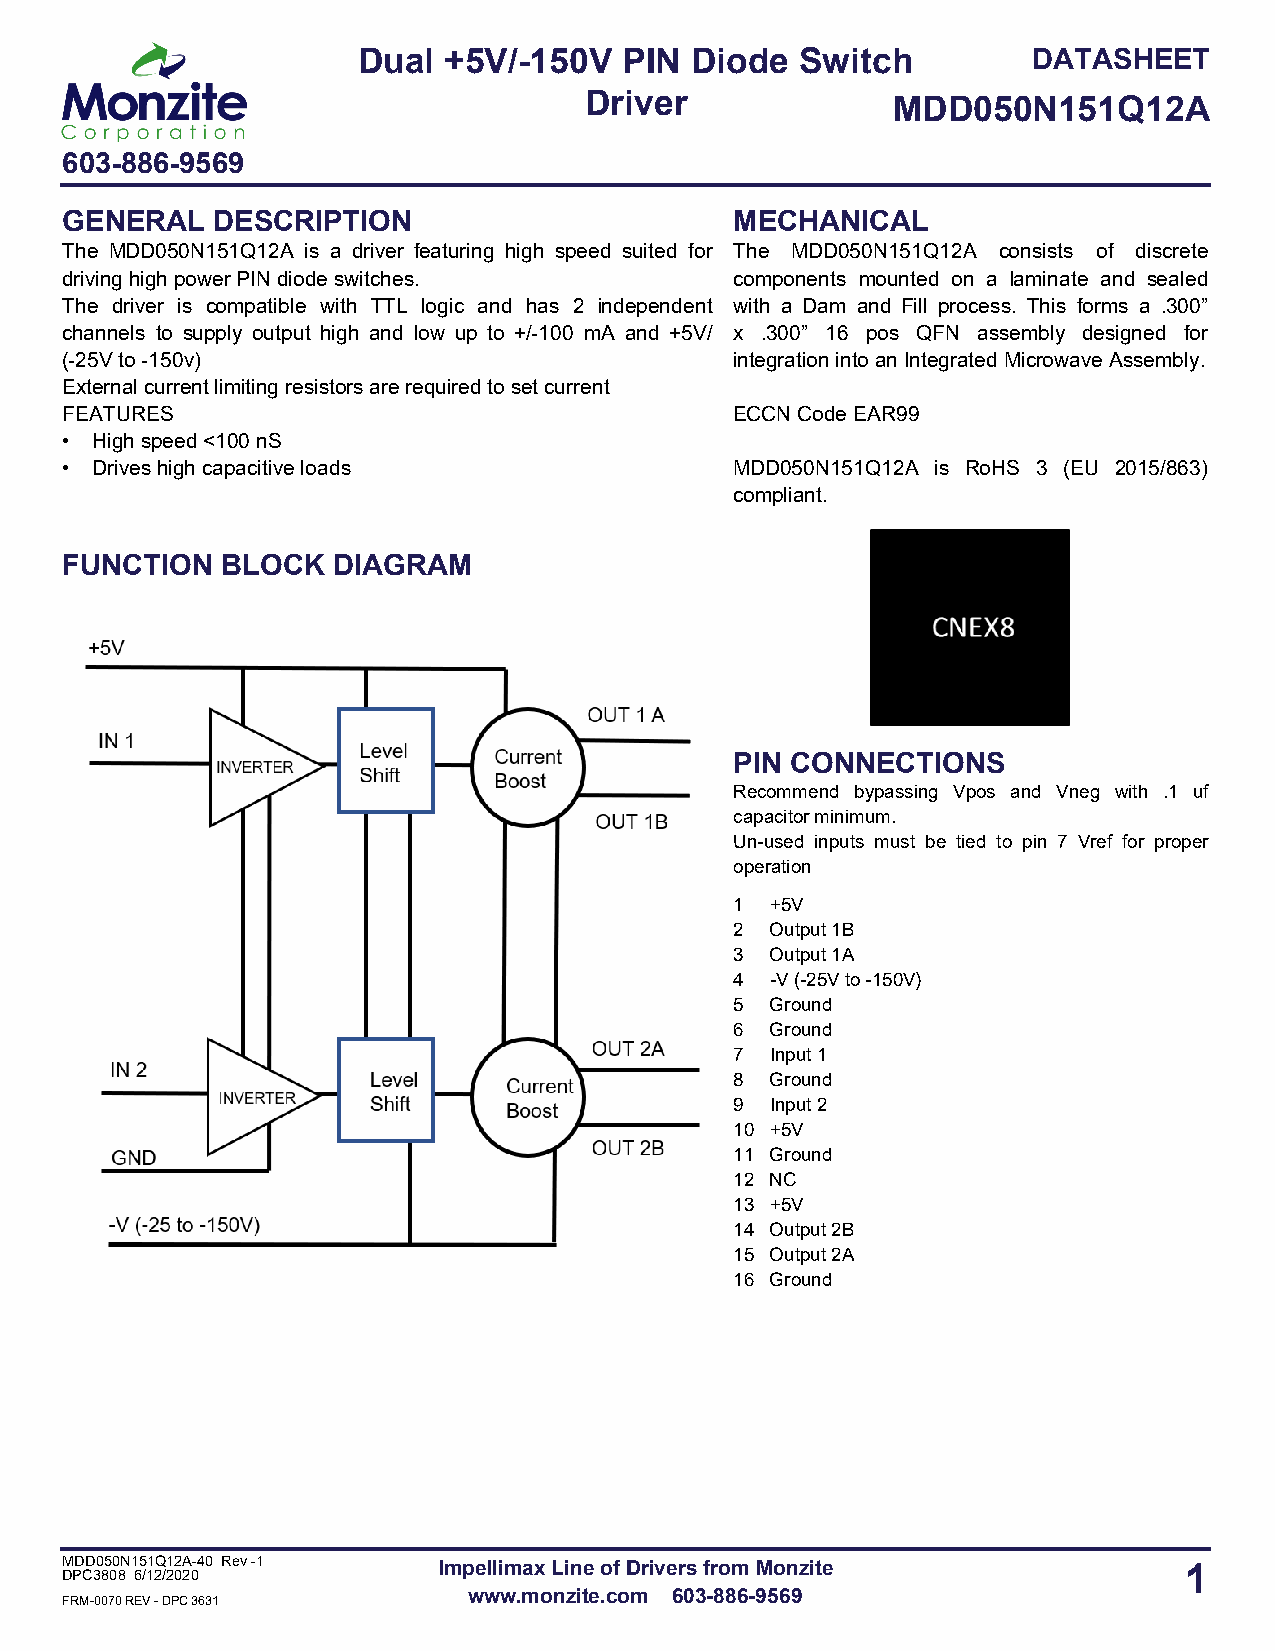
Dual +5V/-150V   PIN  Diode  Switch         DATASHEET
 Driver              MDD050N151Q12A
 603-886-9569
 GENERAL   DESCRIPTION                        MECHANICAL
 The MDD050N151Q12A is a driver featuring high speed suited for The MDD050N151Q12A consists of discrete
 driving high power PIN diode switches.       components mounted on a laminate and sealed
 The driver is compatible with TTL logic and has 2 independent with a Dam and Fill process. This forms a .300”
 channels to supply output high and low up to +/-100 mA and +5V/ x .300” 16 pos QFN assembly designed for
 (-25V to -150v)                              integration into an Integrated Microwave Assembly.
 External current limiting resistors are required to set current
 FEATURES                                     ECCN Code EAR99
 • High speed <100 nS
 • Drives high capacitive loads               MDD050N151Q12A is RoHS 3 (EU 2015/863)
 compliant.
 FUNCTION   BLOCK  DIAGRAM
 PIN CONNECTIONS
 Recommend bypassing Vpos and Vneg with .1 uf
 capacitor minimum.
 Un-used inputs must be tied to pin 7 Vref for proper
 operation
 1 +5V
 2 Output 1B
 3 Output 1A
 4 -V (-25V to -150V)
 5 Ground
 6 Ground
 7 Input 1
 8 Ground
 9 Input 2
 10 +5V
 11 Ground
 12 NC
 13 +5V
 14 Output 2B
 15 Output 2A
 16 Ground
 MDD050N151Q12A-40 Rev -1 Impellimax Line of Drivers from Monzite          1
 DPC3808 6/12/2020
 www.monzite.com 603-886-9569
 FRM-0070 REV - DPC 3631